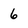
Character: 6